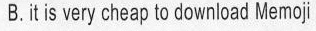
B itis very cheap to download Memoji